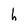
Character: h